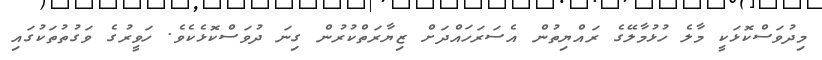
މިދުވަސްކޮޅަކީ މާލެ ހުޅުމާލޭގެ ރައްޔިތުން އެސަރަހައްދަށް ޒިޔާރަތްކުރުން ގިނަ ދުވަސްކޮޅެކެވެ. ހަވީރުގެ ވަގުތުތަކުގައި